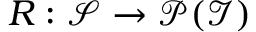
R : \mathcal { S } \to \mathcal { P } ( \mathcal { I } )